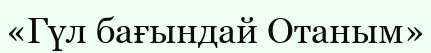
«Гүл бағындай Отаным»